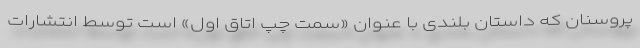
پروسنان که داستان بلندی با عنوان «سمت چپ اتاق اول» است توسط انتشارات